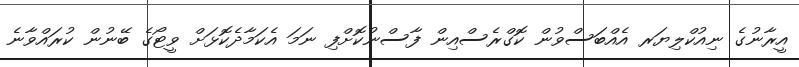
އީރާނުގެ ނިއުކްލިޔަރ އެއްބަސްވުން ކޮގްރެސްއިން ފާސްނުކޮށްފި ނަމަ އެކަމާދެކޮޅަށް ވީޓޯގެ ބޭނުން ކުރައްވާނެ